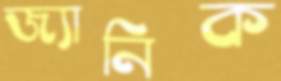
জ্যানিক